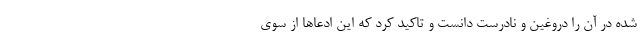
شده در آن را دروغین و نادرست دانست و تاکید کرد که این ادعا‌ها از سوی